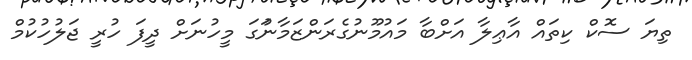
ތިޔަ ސޮކް ކިތައް އާޢިލާ އަށްބާ މައުމޫނުގެރަންޒަމާނުަގަ މީހުނަށް ދީފަ ހުރީ ޖަލުހުކުމް